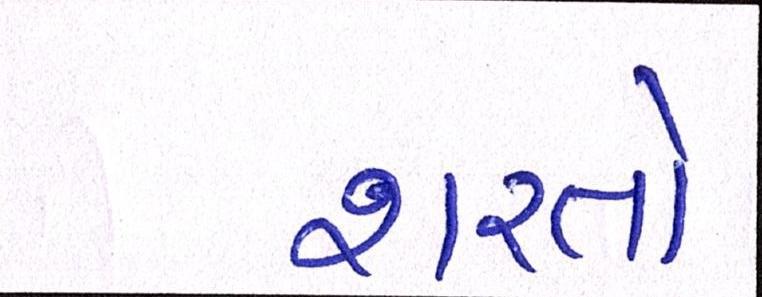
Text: શરતો